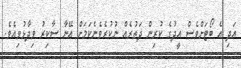
އަދި އެ ބޯޓަށްވެސް އީދުގެ ކުރިން ދަތުރެއް ނުކުރެވެނެކަމަށް އޭނާ ސާކިރު ވިދާޅުވިއެވެ.